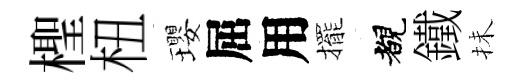
檉杻瓔屈用擺覩鐵抺